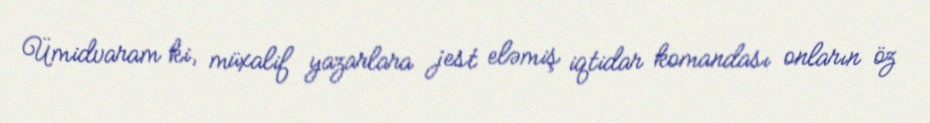
Ümidvaram ki, müxalif yazarlara jest eləmiş iqtidar komandası onların öz